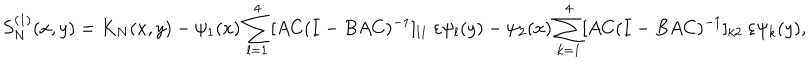
S _ { N } ^ { ( 1 ) } ( x , y ) = K _ { N } ( x , y ) - \psi _ { 1 } ( x ) \sum _ { l = 1 } ^ { 4 } [ A C ( I - B A C ) ^ { - 1 } ] _ { l 1 } \ \varepsilon \psi _ { l } ( y ) - \psi _ { 2 } ( x ) \sum _ { k = 1 } ^ { 4 } [ A C ( I - B A C ) ^ { - 1 } ] _ { k 2 } \ \varepsilon \psi _ { k } ( y ) ,